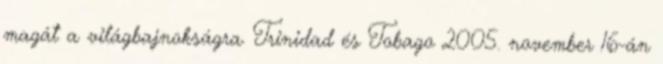
magát a világbajnokságra. Trinidad és Tobago 2005. november 16-án